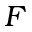
F